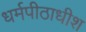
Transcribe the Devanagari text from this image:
धर्मपीठाधीश